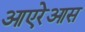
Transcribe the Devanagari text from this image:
आएरेआस